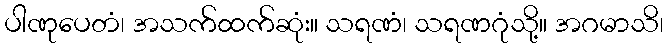
ပါဏုပေတံ၊ အသက်ထက်ဆုံး။ သရဏံ၊ သရဏဂုံသို့။ အဂမာသိ၊